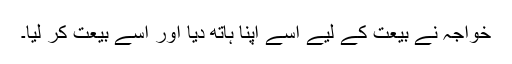
خواجہ نے بیعت کے لیے اسے اپنا ہاتھ دیا اور اسے بیعت کر لیا۔